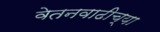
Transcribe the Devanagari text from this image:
वेतनवाढीच्या